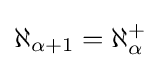
\aleph _{\alpha +1}=\aleph _{\alpha }^{+}